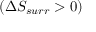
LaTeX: ( \Delta S _ { s u r r } > 0 )